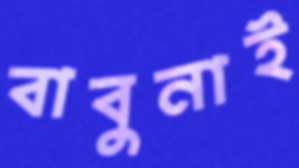
বাবুনাই